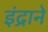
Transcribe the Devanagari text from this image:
इंद्राने